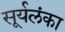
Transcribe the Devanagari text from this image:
सूर्यलंका